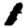
Digit: 1